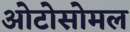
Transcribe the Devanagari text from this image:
ओटोसोमल